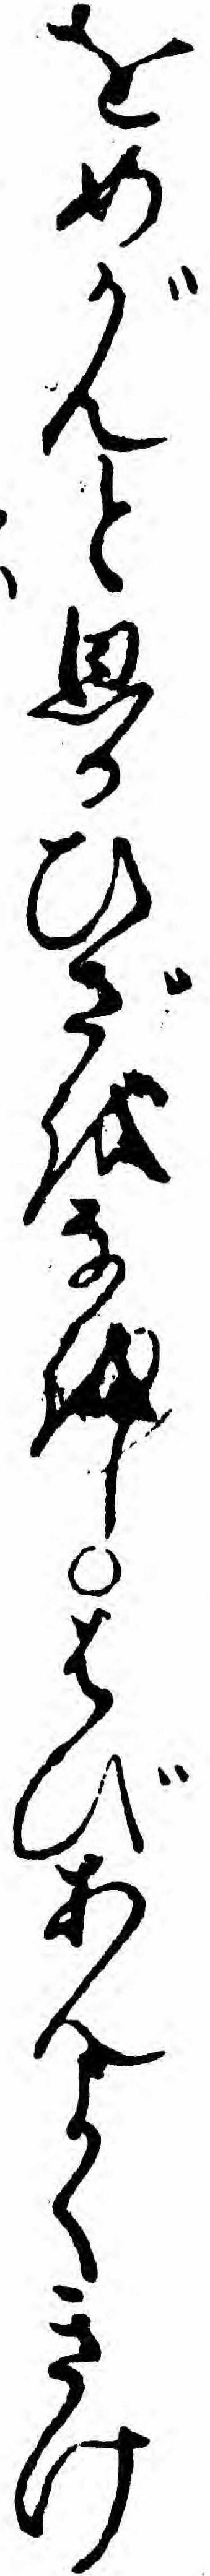
をめがんと思ひひざをなをしはびあんよくきけ